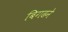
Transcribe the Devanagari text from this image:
बिगढने